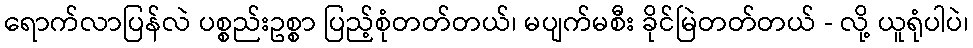
ရောက်လာပြန်လဲ ပစ္စည်းဥစ္စာ ပြည့်စုံတတ်တယ်၊ မပျက်မစီး ခိုင်မြဲတတ်တယ် - လို့ ယူရုံပါပဲ၊